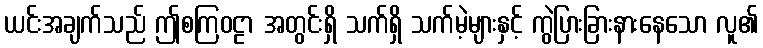
ယင်းအချက်သည် ဤစကြဝဠာ အတွင်းရှိ သက်ရှိ သက်မဲ့များနှင့် ကွဲပြားခြားနားနေသော လူ၏